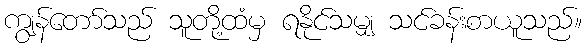
ကျွန်တော်သည် သူတို့ထံမှ ရနိုင်သမျှ သင်ခန်းစာယူသည်။